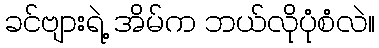
ခင်ဗျားရဲ့ အိမ်က ဘယ်လိုပုံစံလဲ။